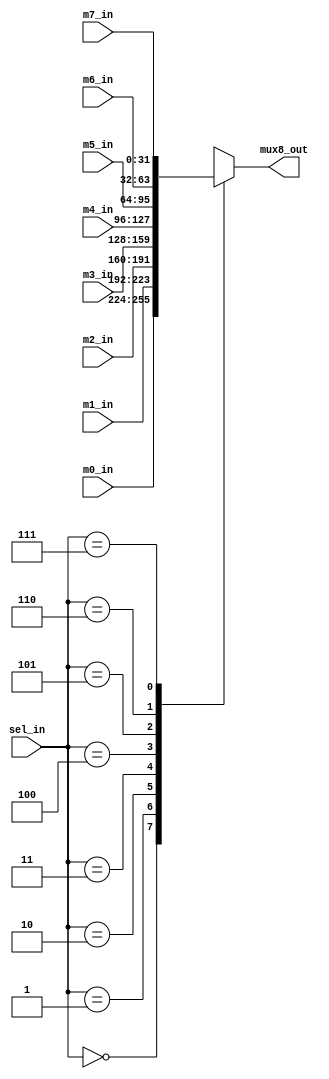
`timescale 1ns/1ns

module mux8(mux8_out,m0_in,m1_in,m2_in,m3_in,m4_in,m5_in,m6_in,m7_in,sel_in);
   parameter width = 32;
     
   output[width-1:0] mux8_out;//
   input [width-1:0] m0_in;   //0sel_in='b000
   input [width-1:0] m1_in;   //1sel_in='b001
   input [width-1:0] m2_in;   //2sel_in='b010
   input [width-1:0] m3_in;   //3sel_in='b011
   input [width-1:0] m4_in;   //0sel_in='b100
   input [width-1:0] m5_in;   //1sel_in='b101
   input [width-1:0] m6_in;   //2sel_in='b110
   input [width-1:0] m7_in;   //3sel_in='b111
   
	input [2:0]       sel_in;  //
   
   reg   [width-1:0] mux8_out;

   always @(*)
      begin
	case(sel_in)
	'b000:mux8_out = m0_in;
	'b001:mux8_out = m1_in;
	'b010:mux8_out = m2_in;
	'b011:mux8_out = m3_in;
	'b100:mux8_out = m4_in;
	'b101:mux8_out = m5_in;
	'b110:mux8_out = m6_in;
	'b111:mux8_out = m7_in;
	default: mux8_out = 'd0;
	endcase
      end
endmodule